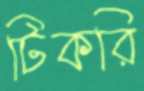
টিকরি